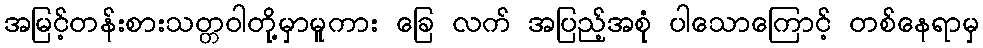
အမြင့်တန်းစားသတ္တဝါတို့မှာမူကား ခြေ လက် အပြည့်အစုံ ပါသောကြောင့် တစ်နေရာမှ